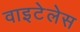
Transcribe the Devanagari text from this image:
वाइटेलेस